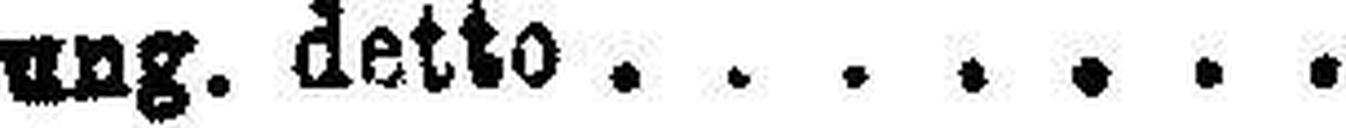
5% " ung. detto